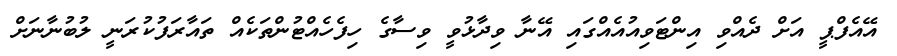
އޭއެފްޕީ އަށް ދެއްވި އިންޓަވިއުއެއްގައި އޭނާ ވިދާޅުވީ ވިސާގެ ހިފެހެއްޓުންތަކެއް ތައާރަފުކުރަނީ ލުބުނާނަށް